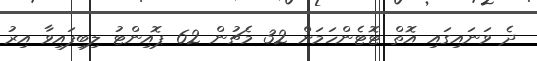
ދެ ވަނައިގައި އޮތް ޓޮޓެންހަމަށް 32 މެޗުން 62 ޕޮއިންޓު ލިބިފައިވާ އިރު